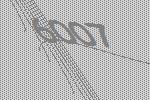
6007